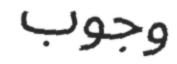
وجوب